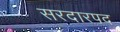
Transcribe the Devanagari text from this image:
सरदारपद